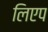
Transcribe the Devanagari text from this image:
लिएप